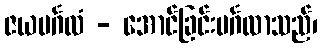
ဇယမင်္ဂလံ - အောင်ခြင်းမင်္ဂလာသည်၊